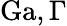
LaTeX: \mathrm{Ga},\Gamma